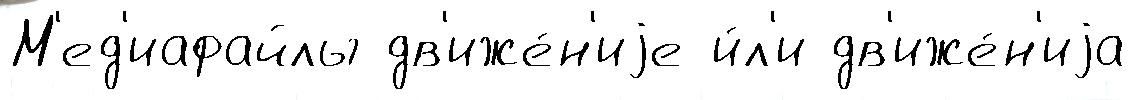
М'ед'иафайлы дв'иже́н'иjе и́л'и дв'иже́н'иjа